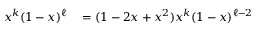
\begin{array} { r l } { x ^ { k } ( 1 - x ) ^ { \ell } } & { { } = ( 1 - 2 x + x ^ { 2 } ) x ^ { k } ( 1 - x ) ^ { \ell - 2 } } \end{array}